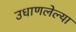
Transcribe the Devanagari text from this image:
उधाणलेल्‍या